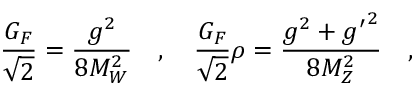
\frac { G _ { F } } { \sqrt { 2 } } = \frac { g ^ { 2 } } { 8 M _ { W } ^ { 2 } } ~ ~ ~ , ~ ~ ~ \frac { G _ { F } } { \sqrt { 2 } } \rho = \frac { g ^ { 2 } + { g ^ { \prime } } ^ { 2 } } { 8 M _ { Z } ^ { 2 } } ~ ~ ~ ,